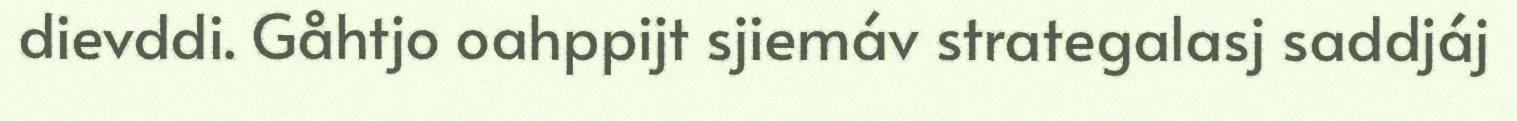
dievddi. Gåhtjo oahppijt sjiemáv strategalasj saddjáj